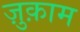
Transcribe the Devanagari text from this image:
ज़ुक़ाम